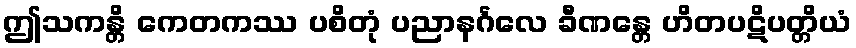
ဤသကန္တိ ကေတကဿ ပစိတုံ ပညာနင်္ဂလေ ခီဏန္တေ ဟိတပဋိပတ္တိယံ